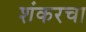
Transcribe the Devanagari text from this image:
शंकरचा